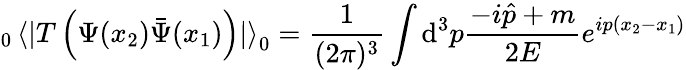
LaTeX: _0\left<\right|T\left(\Psi(x_{2})\bar{\Psi}(x_{1})\right)\left|\right>_{0}=\frac{1}{(2\pi)^{3}}\int{\mathrm d}^{3}p\frac{-i\hat{p}+m}{2E}e^{ip(x_{2}-x_{1})}